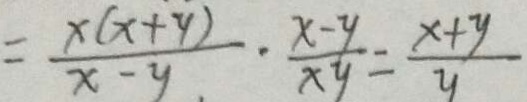
= \frac { x ( x + y ) } { x - y } \cdot \frac { x - y } { x y } = \frac { x + y } { y }